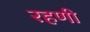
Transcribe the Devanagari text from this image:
रहणी